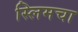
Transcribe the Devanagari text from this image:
स्लिमचा